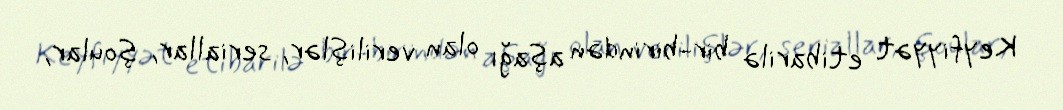
Keyfiyyət etibarilə bir-birindən aşağı olan verilişlər, seriallar, şoular,